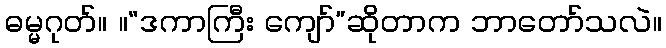
ဓမ္မဂုတ်။ ။“ဒကာကြီး ကျော်”ဆိုတာက ဘာတော်သလဲ။